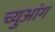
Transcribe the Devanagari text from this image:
च्युआंग